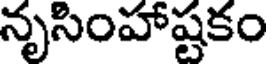
నృసింహాష్టకం